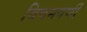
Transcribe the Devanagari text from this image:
विषमपर्णी